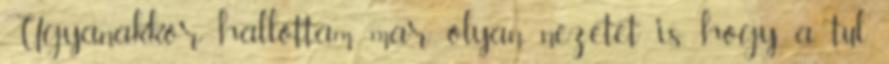
Ugyanakkor hallottam mar olyan nezetet is, hogy a tul